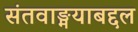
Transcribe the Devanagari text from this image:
संतवाङ्मयाबद्दल